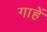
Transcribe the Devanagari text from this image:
गाहें